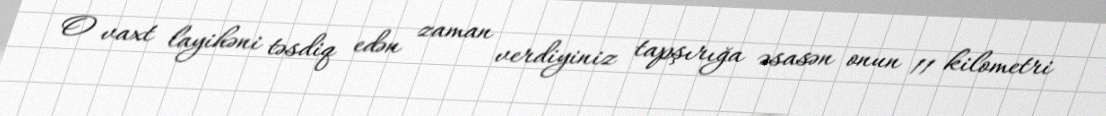
O vaxt layihəni təsdiq edən zaman verdiyiniz tapşırığa əsasən onun 11 kilometri